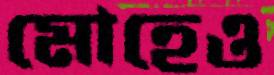
মোহেও